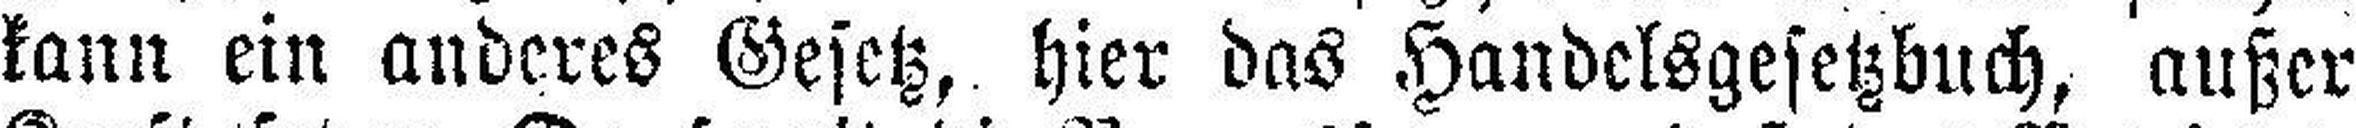
kann ein anderes Gesetz, hier das Handelsgesetzbuch, außer